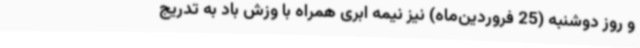
و روز دوشنبه (25 فروردین‌ماه) نیز نیمه ابری همراه با وزش باد به تدریج